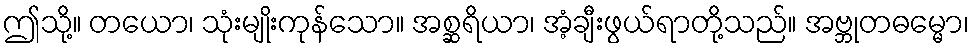
ဤသို့။ တယော၊ သုံးမျိုးကုန်သော။ အစ္ဆရိယာ၊ အံ့ချီးဖွယ်ရာတို့သည်။ အဗ္ဘုတဓမ္မော၊